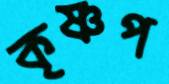
কৃষ্ণপ